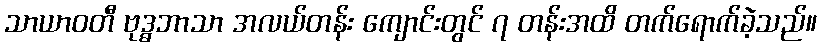
သာယာဝတီ ဗုဒ္ဓဘာသာ အလယ်တန်း ကျောင်းတွင် ၇ တန်းအထိ တက်ရောက်ခဲ့သည်။